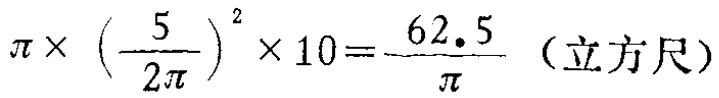
\(\pi\times\left(\frac{5}{2\pi}\right)^{2}\times10=\frac{62.5}{\pi}\)（立方尺）